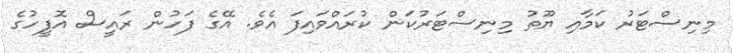
މިނިސްޓަރު ކަމާއި ޔޫތު މިނިސްޓަރުކަން ކުރައްވައިފަ އެވެ. އޭގެ ފަހުން ރައީސް އޮފީހުގެ